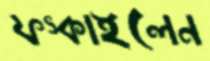
ফস্‌কাইলেন